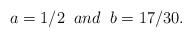
LaTeX: \begin{align*}a= 1/2\;\; and \;\; b =17/30 .\end{align*}